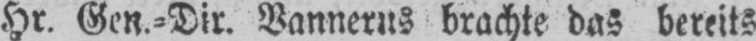
brachte das bereits